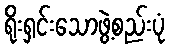
ရိုးရှင်းသောဖွဲ့စည်းပုံ